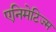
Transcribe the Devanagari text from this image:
एनिमेटिज्म